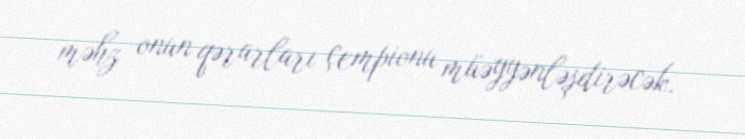
məhz onun qərarları çempionu müəyyənləşdirəcək.